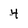
Character: 4